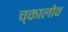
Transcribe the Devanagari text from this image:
च्कालोव